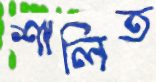
শালিত